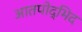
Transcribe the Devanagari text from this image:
आतपोद्भिद